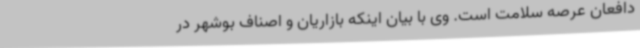
دافعان عرصه سلامت است. وی با بیان اینکه بازاریان و اصناف بوشهر در